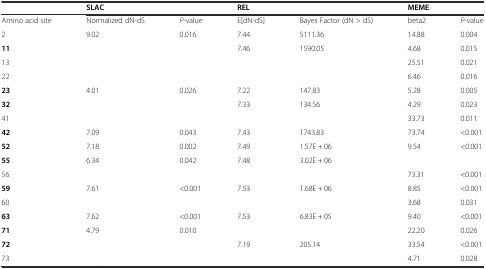
|  | <COLSPAN=2> SLAC | <COLSPAN=2> REL | <COLSPAN=2> MEME |
 | --- | --- | --- | --- | --- | --- | --- |
 | Amino acid site | Normalized dN-dS | P-value | E[dN-dS] | Bayes Factor (dN > dS) | beta2 | P-value |
 | 2 | 9.02 | 0.016 | 7.44 | 5111.36 | 14.88 | 0.004 |
 | 11 |  |  | 7.46 | 1590.05 | 4.68 | 0.015 |
 | 13 |  |  |  |  | 25.51 | 0.021 |
 | 22 |  |  |  |  | 6.46 | 0.016 |
 | 23 | 4.01 | 0.026 | 7.22 | 147.83 | 5.28 | 0.005 |
 | 32 |  |  | 7.33 | 134.56 | 4.29 | 0.023 |
 | 41 |  |  |  |  | 33.73 | 0.011 |
 | 42 | 7.09 | 0.043 | 7.43 | 1743.83 | 73.74 | <0.001 |
 | 52 | 7.18 | 0.002 | 7.49 | 1.57E + 06 | 9.54 | <0.001 |
 | 55 | 6.34 | 0.042 | 7.48 | 3.02E + 06 |  |  |
 | 56 |  |  |  |  | 73.31 | <0.001 |
 | 59 | 7.61 | <0.001 | 7.53 | 1.68E + 06 | 8.85 | <0.001 |
 | 60 |  |  |  |  | 3.68 | 0.031 |
 | 63 | 7.62 | <0.001 | 7.53 | 6.83E + 05 | 9.40 | <0.001 |
 | 71 | 4.79 | 0.010 |  |  | 22.20 | 0.026 |
 | 72 |  |  | 7.19 | 205.14 | 33.54 | <0.001 |
 | 73 |  |  |  |  | 4.71 | 0.028 |